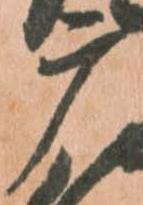
广